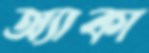
অ্যাকা